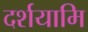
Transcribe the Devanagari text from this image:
दर्शयामि